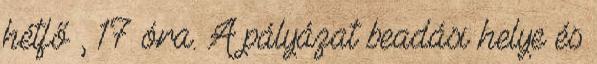
hétfő , 17 óra. A pályázat beadási helye és